King Institute of Preventive Medicine Bacteriolog. Section reports 1907-08
Year: 1907
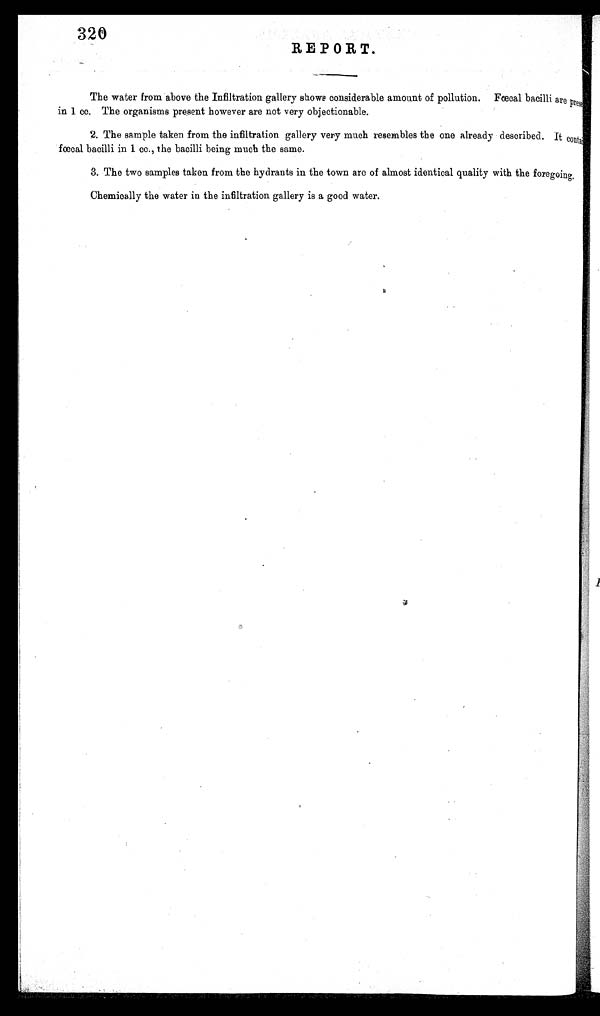
320
REPORT.
The water from above the Infiltration gallery shows considerable amount of pollution. Fœcal bacilli are present,
in 1 cc. The organisms present however are not very objectionable.
2. The sample taken from the infiltration gallery very much resembles the one already described. It contain
fœcal bacilli in 1 cc., the bacilli being much the same.
3. The two samples taken from the hydrants in the town are of almost identical quality with the foregoing.
Chemically the water in the infiltration gallery is a good water.